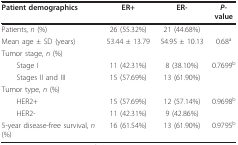
| Patient demographics | ER+ | ER- | P-value |
 | --- | --- | --- | --- |
 | Patients, n (%) | 26 (55.32%) | 21 (44.68%) |  |
 | Mean age ± SD (years) | 53.44 ± 13.79 | 54.95 ± 10.13 | 0.68a |
 | Tumor stage, n (%) |  |  |  |
 | Stage I | 11 (42.31%) | 8 (38.10%) | 0.7699b |
 | Stages II and III | 15 (57.69%) | 13 (61.90%) |  |
 | Tumor type, n (%) |  |  |  |
 | HER2+ | 15 (57.69%) | 12 (57.14%) | 0.9698b |
 | HER2- | 11 (42.31%) | 9 (42.86%) |  |
 | 5-year disease-free survival, n (%) | 16 (61.54%) | 13 (61.90%) | 0.9795b |